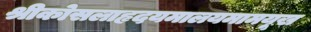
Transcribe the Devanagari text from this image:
श्रीकोसलाहृदयमालयमामयूख